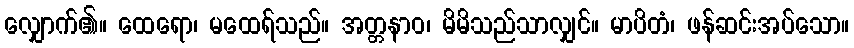
လျှောက်၏။ ထေရော၊ မထေရ်သည်။ အတ္တနာဝ၊ မိမိသည်သာလျှင်။ မာပိတံ၊ ဖန်ဆင်းအပ်သော။